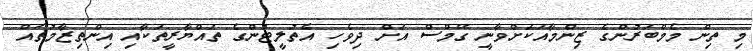
މި ތިން މެމްބަރުންގެ ޒިންމާއަކަށްވާނީ ގޭމްސް އަށް ދިވެހި އެތުލީޓުންގެ ތައްޔާރީތަކާއި އިންތިޒާމުތައް